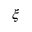
\boldsymbol { \xi }